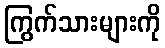
ကြွက်သားများကို